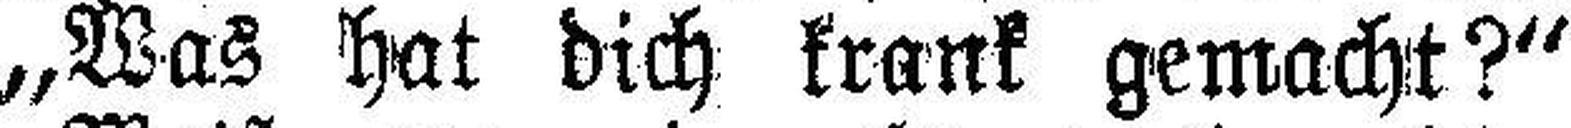
„Was hat dich krank gemacht?“